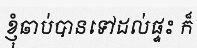
ខ្ញុំឆាប់បានទៅដល់ផ្ទះ ក៏